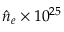
\hat { n } _ { e } \times 1 0 ^ { 2 5 }